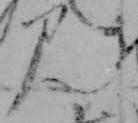
み